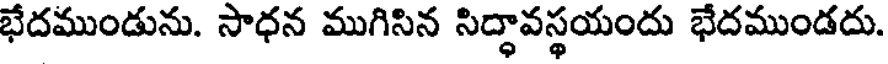
భేదముండును. సాధన ముగిసిన సిద్ధావస్థయందు భేదముండదు.